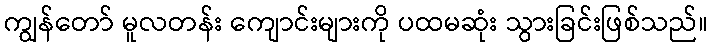
ကျွန်တော် မူလတန်း ကျောင်းများကို ပထမဆုံး သွားခြင်းဖြစ်သည်။